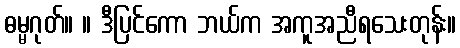
ဓမ္မဂုတ်။ ။ ဒီပြင်ကော ဘယ်က အကူအညီရသေးတုန်း။